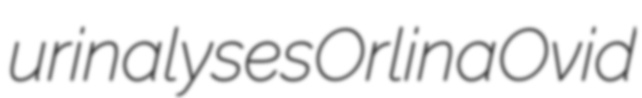
urinalyses Orlina Ovid